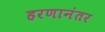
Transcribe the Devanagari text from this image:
हरणानंतर